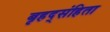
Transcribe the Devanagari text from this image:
बृहद्संहिता